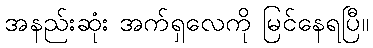
အနည်းဆုံး အက်ရှလေကို မြင်နေရပြီ။